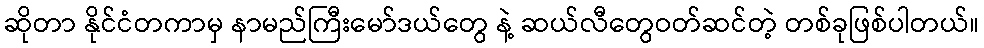
ဆိုတာ နိုင်ငံတကာမှ နာမည်ကြီးမော်ဒယ်တွေ နဲ့ ဆယ်လီတွေဝတ်ဆင်တဲ့ တစ်ခုဖြစ်ပါတယ်။